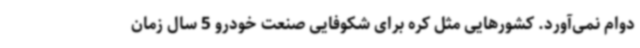
دوام نمی‌آورد. کشورهایی مثل کره برای شکوفایی صنعت خودرو 5 سال زمان